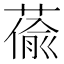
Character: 𦸄